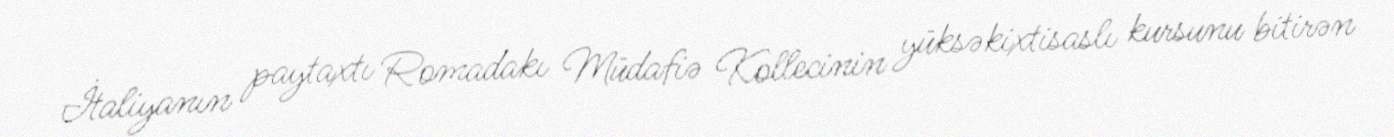
İtaliyanın paytaxtı Romadakı Müdafiə Kollecinin yüksəkixtisaslı kursunu bitirən